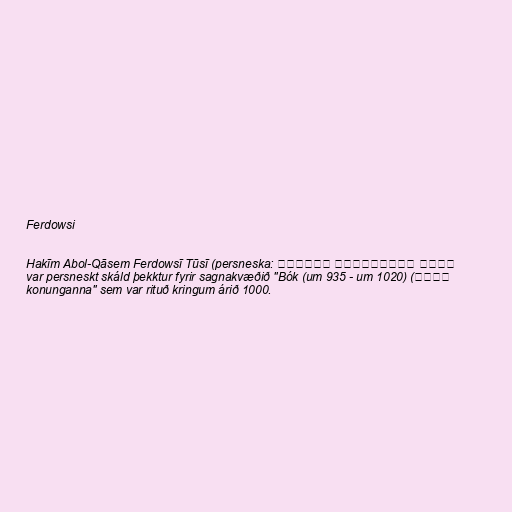
Ferdowsi

Hakīm Abol-Qāsem Ferdowsī Tūsī (persneska: حکیم ابوالقاسم فردوسی
توسی) (um 935 - um 1020) var persneskt skáld þekktur fyrir sagnakvæðið "Bók
konunganna" sem var rituð kringum árið 1000.